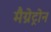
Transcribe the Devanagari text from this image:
मैग्नेट्रोन